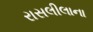
રાસલીલાના